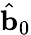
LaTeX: \hat{\mathbf{b}}_{0}